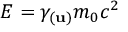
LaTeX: E = \gamma _ { ( \mathbf { u } ) } m _ { 0 } c ^ { 2 }